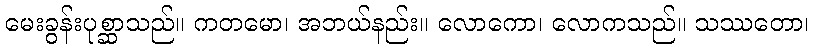
မေးခွန်းပုစ္ဆာသည်။ ကတမော၊ အဘယ်နည်း။ လောကော၊ လောကသည်။ သဿတော၊